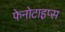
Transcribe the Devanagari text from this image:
फेनोटाइप्स